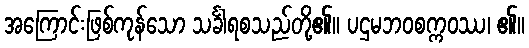
အကြောင်းဖြစ်ကုန်သော သင်္ခါရစသည်တို့၏။ ပဌမဘဝစက္ကဝဿ၊ ၏။